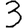
Digit: 3